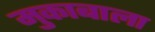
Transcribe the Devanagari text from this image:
मुकाबाला